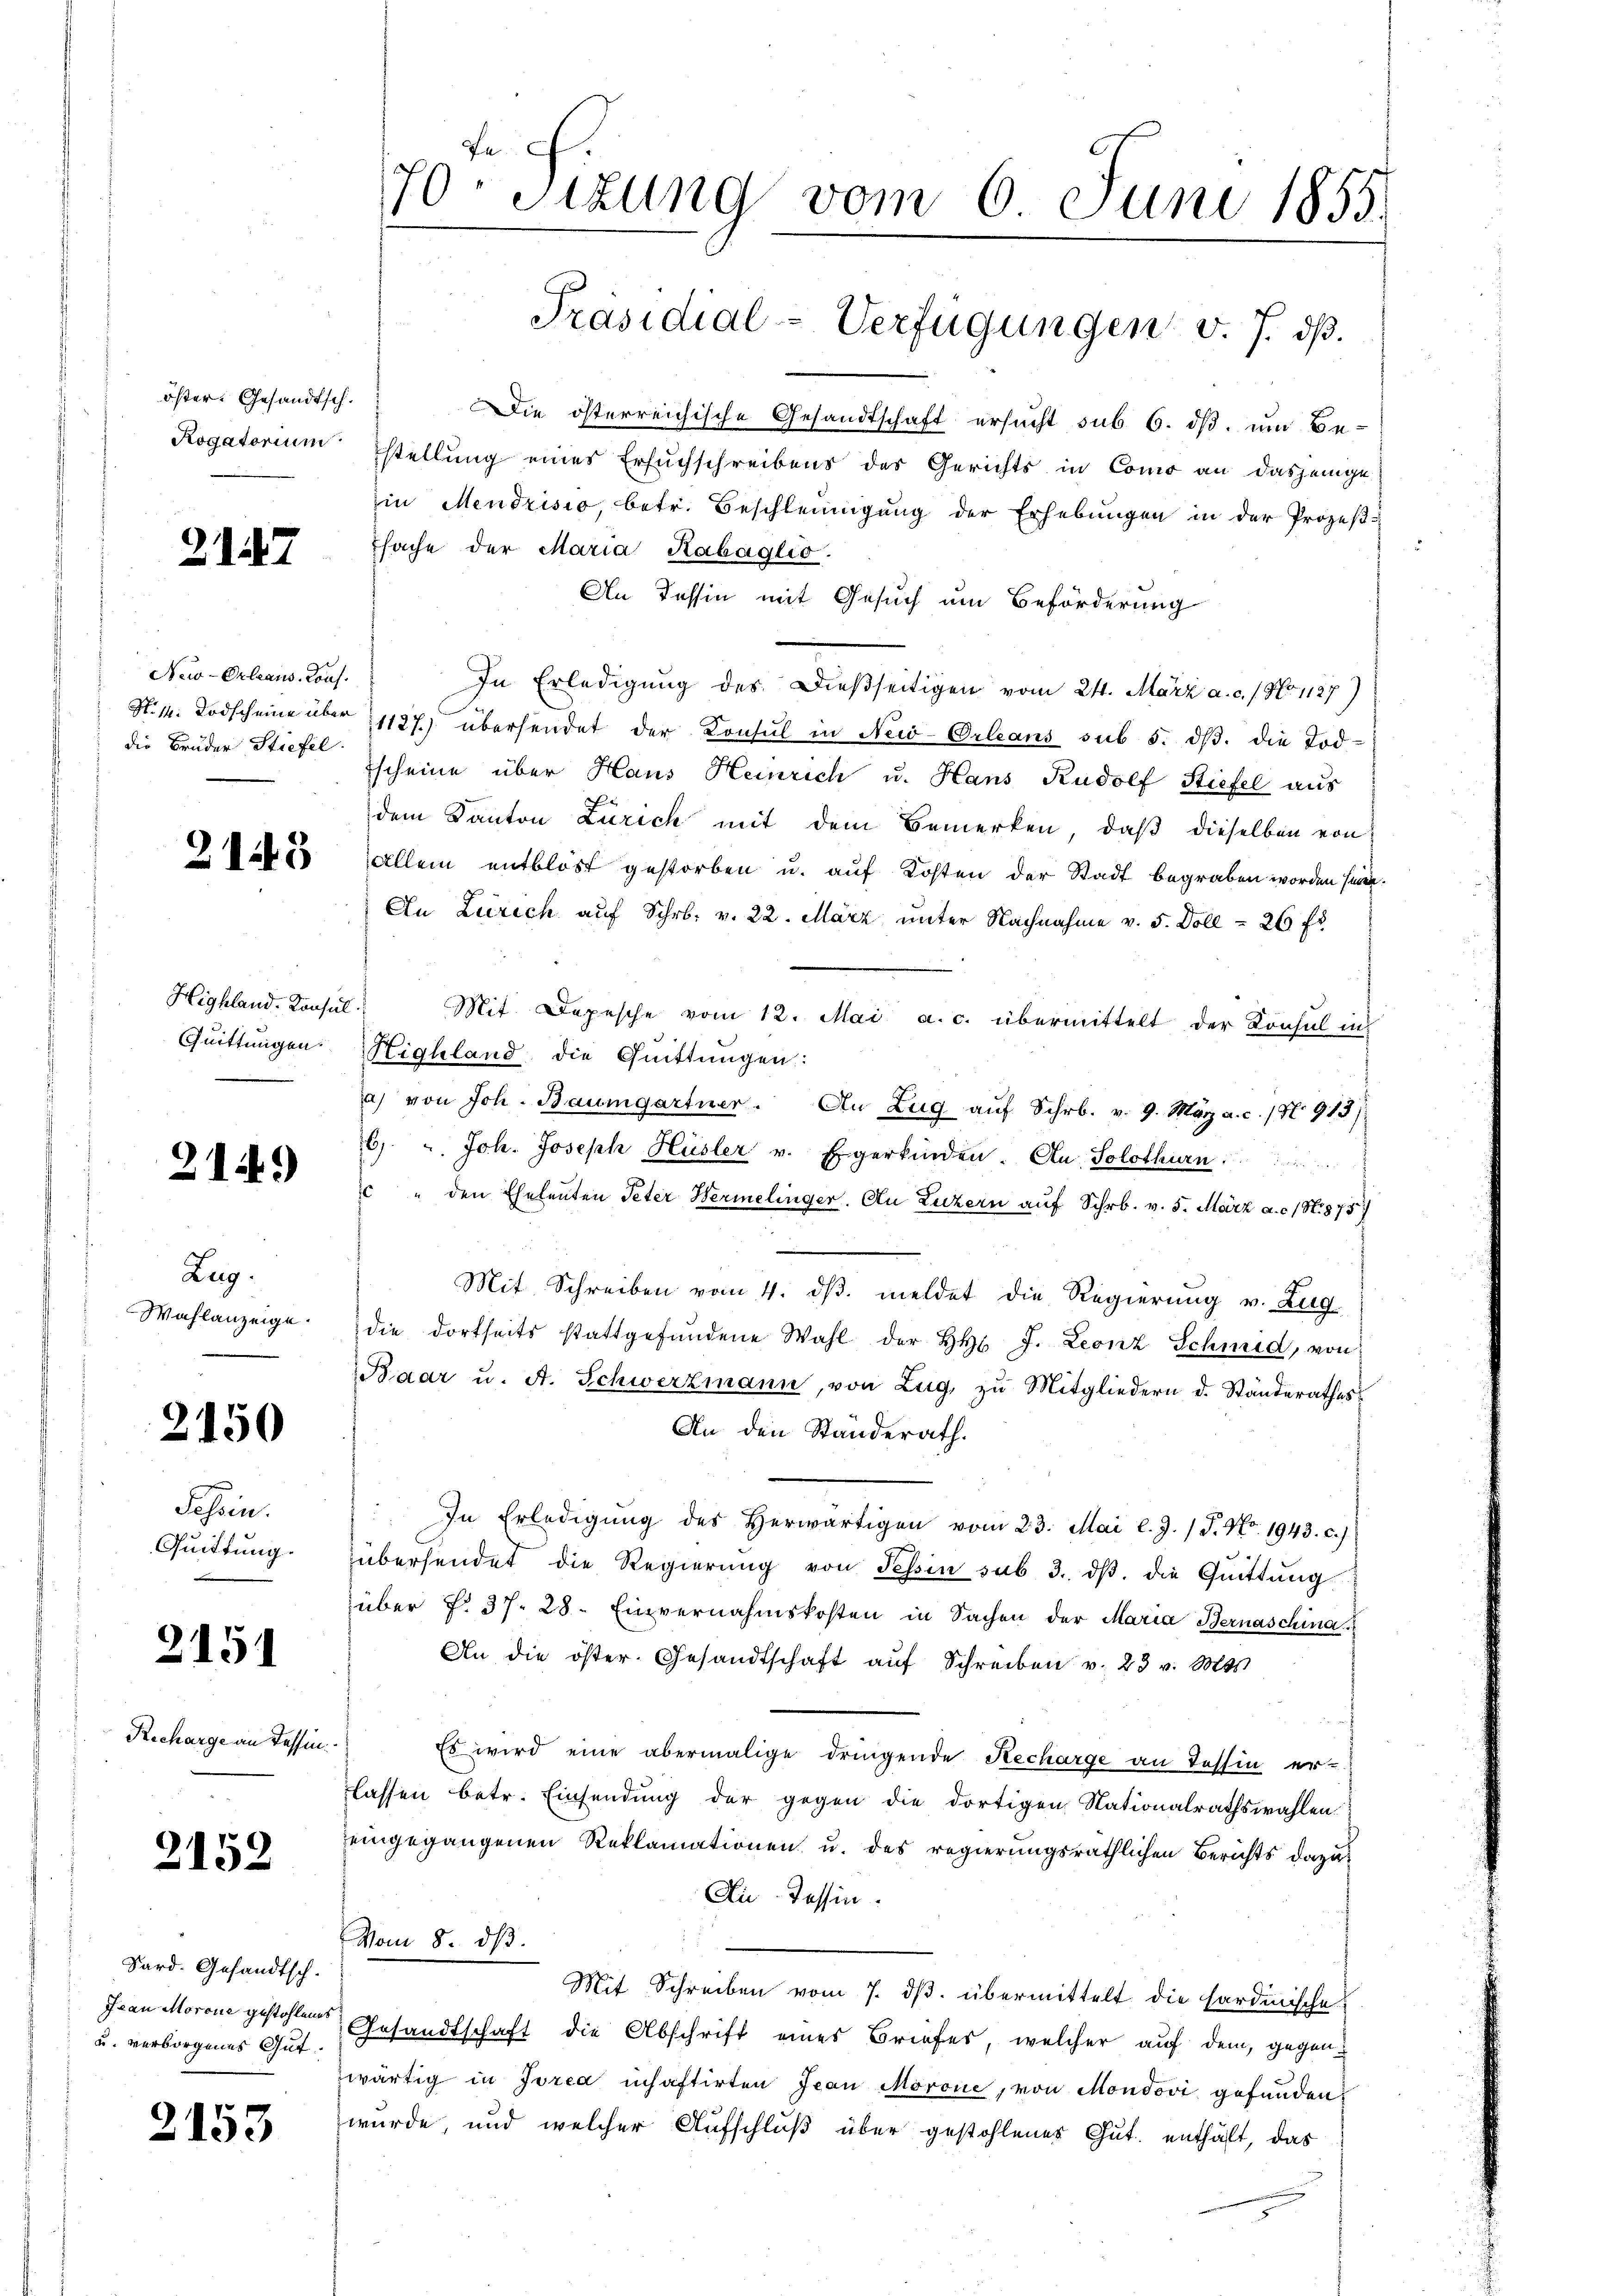
öster. Gesandtsch.
Rogatorium

2127

New-Orleans Kons.
die Bruder Stiefel

2143

Quittungen.

2149)

Zug.
Wahlanzeige.

2150

Tessin.
Quittung.

2151

Recharge an Tessin.

2152

Bard. Gesandtsch.
Jean Morone gestohlenes
u. verborgenes Gut.

2153

Die österreichische Gesandtschaft ersucht sub 6. ds. um Be-
stellung eines Ersuchschreibens des Gerichts in Como an dasjenige
in Mendrisio, betr. Beschleunigung der Erhebungen in der Prozeß-
sache der Maria Rabaglio.
An Tessin mit Gesuch um Beförderung
In Erledigung des Dießseitigen vom 24. März a. c. / No 1127)
N. 1. Todscheine über 1127) übersendet der Konsul in New-Orleans sub 5. dβ. die Tod
scheine über Haus Heinrich u. Hans Rudolf Stiefel aus
dem Kanton Zürich mit dem Bemerken, daß dieselben von
Allein entblöst gestorben u. auf Kosten der Stadt begraben worden sein.
An Zürich aŭf Schr. v. 22. März ŭnter Nachnahme v. 5. Doll - 26 ff
Highland. Konsul Mit Depesche vom 12. Mai a. c. übermittelt der Konsul in
Highland die Quittungen:
a) von Joh. Baumgartner. An Zŭg aŭf Schr. v. 9. März a. c. 1 913)
6). " Joh. Joseph Hüsler v. Egerkinden. An Solothurn
 " den Eheleuten Peter Hermelinger. An Luzern auf Schr. v. 5. März a.c. (N. 875
Mit Schreiben vom 4. ds. meldet die Regierung v. Zug
die dortseits stattgefŭndene Wahl der HH J. Leonz Schmid, von
Baar u. A. Schwerzmann, von Zug, zŭ Mitgliedern d. Ständerathes
An den Standerath.
In Erledigŭng des herwärtigen vom 23. Mai l. J. (T. No. 1943. c.)
übersendet die Regierung von Tessin sub 3. dβ. die Quittung
über f. 37. 28. Einvernahmskosten in Sachen der Maria Bernaschina
An die öster. Gesandtschaft aŭf Schreiben v. 23 v. Mts.
Es wird eine abermalige dringende Recharge an Tessin erlassen betr. Einsendung der gegen die dortigen Nationalrathswahlen
eingegangenen Reklamationen u. des regierungsräthlichen Berichts dazu
Die Tessin.
Vom 8. dβ.
Mit Schreiben vom 7. ds. übermittelt die sardinische
Gesandtschaft die Abschrift eines Briefes, welcher auf dem, gegenwärtig in Jorea inhaftirten Jean Morone, von Mondovi gefunden,
wurde, und welcher Aufschluß über gestohlenes Gut enthält, das

70sten Sizung vom 6. Juni 1855.

Präsidial-Verfügungen v. J. dß.